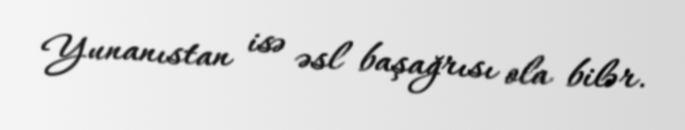
Yunanıstan isə əsl başağrısı ola bilər.